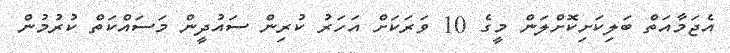
އެޖަަމާއަތް ބަލިކަށިކޮށްލަން މީގެ 10 ވަރަކަށް އަހަރު ކުރިން ސައުދީން މަަސައްކަތް ކުރުމުން